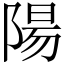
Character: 陽